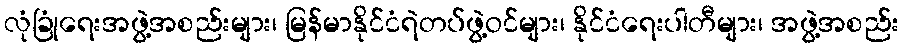
လုံခြုံရေးအဖွဲ့အစည်းများ၊ မြန်မာနိုင်ငံရဲတပ်ဖွဲ့ဝင်များ၊ နိုင်ငံရေးပါတီများ၊ အဖွဲ့အစည်း